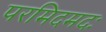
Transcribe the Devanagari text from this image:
परमिदमदः